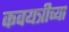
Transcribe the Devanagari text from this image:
कवयत्रीच्या